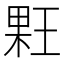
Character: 𰗳